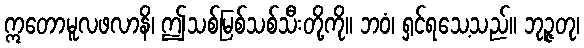
ဣတောမူလဖလာနိ၊ ဤသစ်မြစ်သစ်သီးတို့ကို။ ဘဝံ၊ ရှင်ရသေ့သည်။ ဘုဉ္ဇတု၊